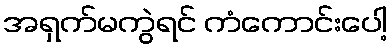
အရှက်မကွဲရင် ကံကောင်းပေါ့